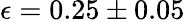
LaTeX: \epsilon=0.25\pm 0.05